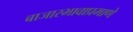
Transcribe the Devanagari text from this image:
बाजारभावाप्रमाणे